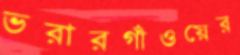
ভরারগাঁওয়ের